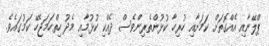
ޕްލޭނާއި އެއްގޮތަށް ކަމަށާއި ހުރިހާ ކުޅުންތެރިންވެސް ދެއްކި ކުޅުމާއި މެދު ހިތްހަމަޖެހޭ ކަމުގައެވެ.